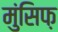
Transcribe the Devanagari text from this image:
मुंसिफ़